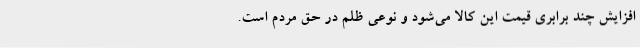
افزایش چند برابری قیمت این کالا می‌شود و نوعی ظلم در حق مردم است.